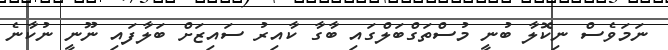
ނަމަވެސް ނިކޮލާ ބުނީ މުސްތަގްބަލްގައި ބާގާ ކާއިރު ސައިޒަށް ބަލާފައި ނޫނީ ނުކާނެ